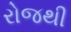
રોજથી